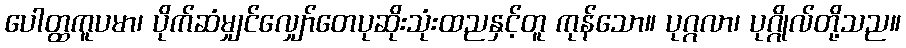
ပေါတ္ထကူပမာ၊ ပိုက်ဆံမျှင်လျှော်တေပုဆိုးသုံးထညနှင့်တူ ကုန်သော။ ပုဂ္ဂလာ၊ ပုဂ္ဂိုလ်တို့သည။